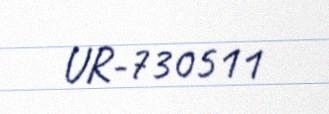
UR-730511